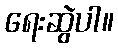
ရေးဆွဲပါ။